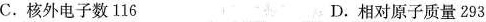
C.核外电子数116 D.相对原子质量293